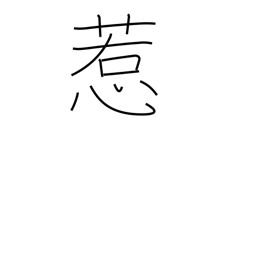
Meaning: captivate